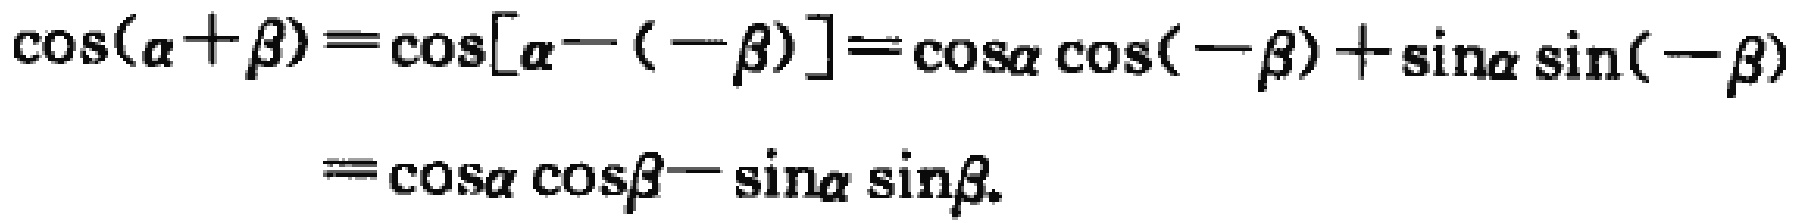
\(\cos(\alpha+\beta)=\cos[\alpha-(-\beta)]=\cos\alpha\cos(-\beta)+\sin\alpha\sin(-\beta)=\cos\alpha\cos\beta-\sin\alpha\sin\beta\)